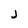
Character: j